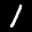
Label: 1